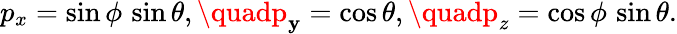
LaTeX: p_{x}=\sin\phi\, \sin\theta,\quadp_{\mathbf{y}}=\cos\theta,\quadp_{z}=\cos\phi\, \sin\theta.